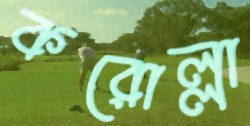
করোল্লা